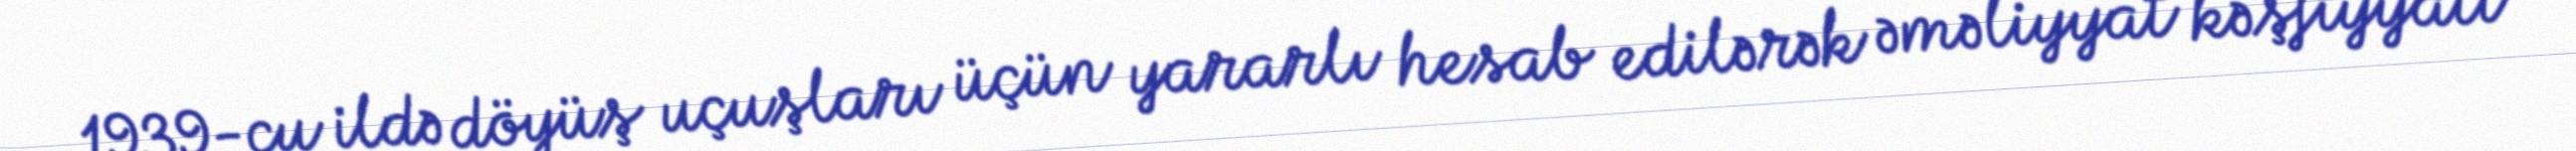
1939-cu ildə döyüş uçuşları üçün yararlı hesab edilərək əməliyyat kəşfiyyatı